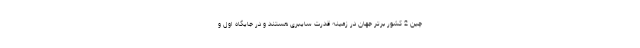
چین 2 کشور برتر جهان در زمینه قدرت سایبری هستند و در جایگاه اول و